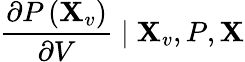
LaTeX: \frac{\partial P\left(\mathbf{X}_{v}\right)}{\partial V}\mid\mathbf{X}_{v},P,\mathbf{X}